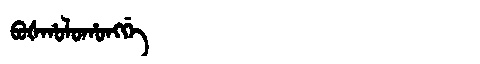
Manchu: ᠪᠣᡧᡥᠣᠯᠣᡥᠣᠩᡤᡝ
Romanization: BOŠHOLOHONGGE